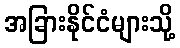
အခြားနိုင်ငံများသို့